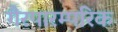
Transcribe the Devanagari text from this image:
गैरपारम्परिक